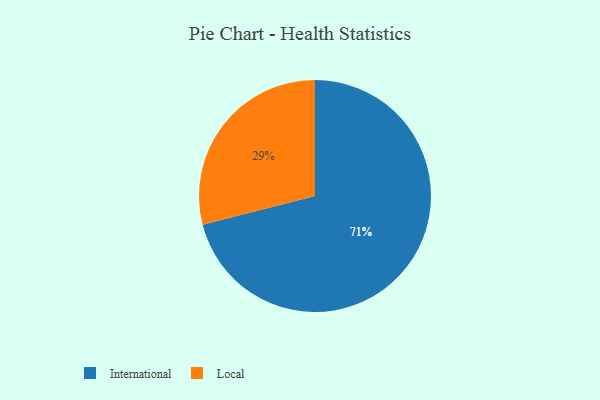
{"axis": {"x": "Category", "y": "Percentage"}, "legend": ["International", "Local"], "data": [{"x": "Local", "y": 29, "type": "Local"}, {"x": "International", "y": 71, "type": "International"}]}